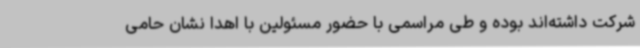
شرکت داشته‌اند بوده و طی مراسمی با حضور مسئولین با اهدا نشان حامی